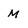
Character: M